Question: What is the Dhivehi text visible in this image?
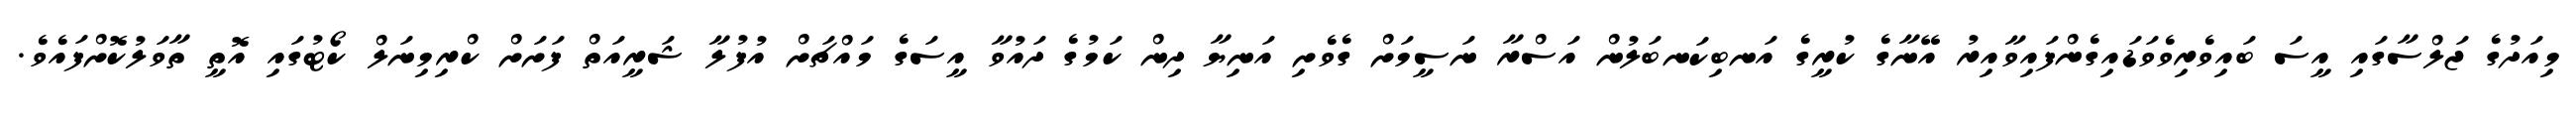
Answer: މިއަދުގެ ޖަލްސާގައި އީސަ ބައިވެރިވެވަޑައިގެންފައިވާއިރު އޭނާގެ ކުރީގެ އަނބިކަނބަލުން އަސްރާ ނަސީމަށް ގެވެށި އަނިޔާ ދިން ކަމުގެ ދައުވާ އީސަގެ މައްޗަށް އުފުލާ ޝަރީއަތް ފަށަށް ކްރިމިނަލް ކޯޓުގައި އޮތީ ތާވަލުކޮށްފައެވެ.